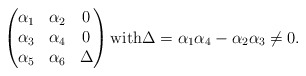
\begin{align*} \begin{pmatrix}\alpha_1&\alpha_2&0\\\alpha_3&\alpha_4&0\\\alpha_5&\alpha_6&\Delta\end{pmatrix} {\rm with} \Delta = \alpha_1 \alpha_4 - \alpha_2 \alpha_3 \neq 0.\end{align*}